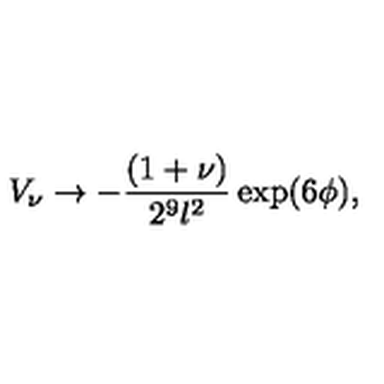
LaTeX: V _ { \nu } \rightarrow - \frac { ( 1 + \nu ) } { 2 ^ { 9 } l ^ { 2 } } \exp ( 6 \phi ) ,